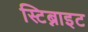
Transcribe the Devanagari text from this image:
स्टिब्नाइट